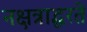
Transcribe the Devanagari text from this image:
नक्षत्राद्धरते